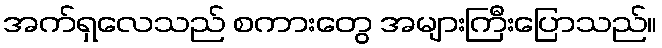
အက်ရှလေသည် စကားတွေ အများကြီးပြောသည်။